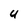
Character: u